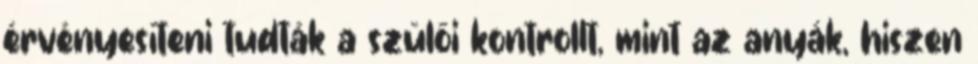
érvényesíteni tudták a szülői kontrollt, mint az anyák, hiszen